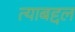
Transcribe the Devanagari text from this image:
त्‍याबद्दल